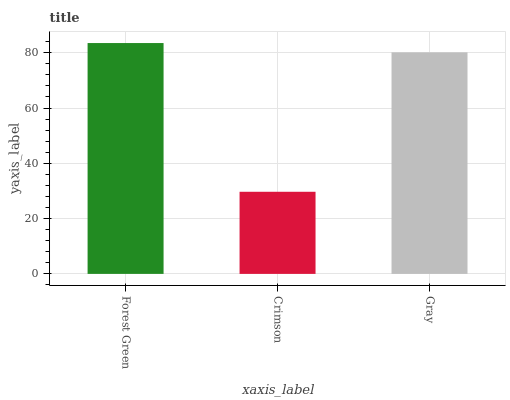
| xaxis_label | bars |
 | --- | --- |
 | Forest Green | 83.5 |
 | Crimson | 29.7 |
 | Gray | 80.2 |